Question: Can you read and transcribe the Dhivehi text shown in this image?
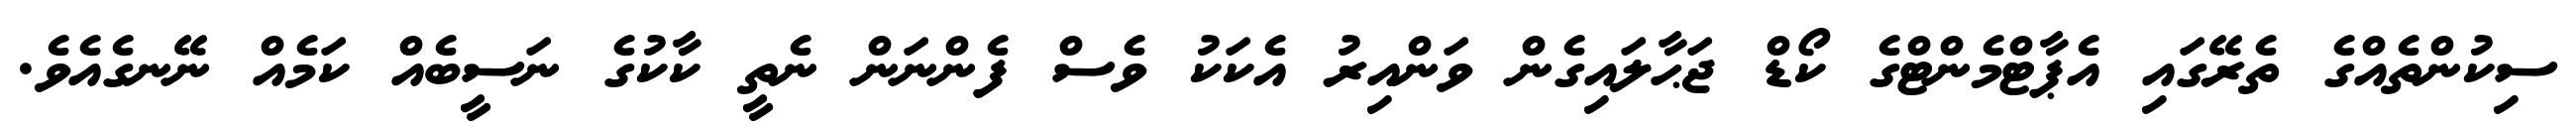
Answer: ސިކުންތެއްގެ ތެރޭގައި އެޕާޓްމެންޓްގެ ކޯޑް ޖަޙާލައިގެން ވަންއިރު އެކަކު ވެސް ފެންނަން ނެތީ ކާކުގެ ނަސީބެއް ކަމެއް ނޭނގެއެވެ.